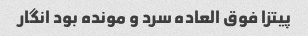
پیتزا فوق العاده سرد و مونده بود انگار